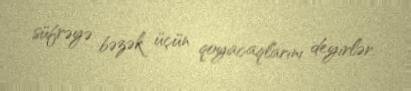
süfrəyə bəzək üçün qoyacaqlarını deyirlər.